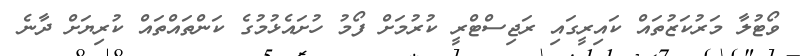
ވޯޓުލާ މަރުކަޒުތައް ކައިރީގައި ރަޖިސްޓްރީ ކުރުމަށް ފޯމު ހުށައެޅުމުގެ ކަންތައްތައް ކުރިޔަށް ދާނެ